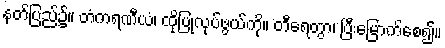
နတ်ပြည်၌။ တံကရဏီယံ၊ ထိုပြုလုပ်ဖွယ်ကို။ တီရေတွာ၊ ပြီးမြောက်စေ၍။